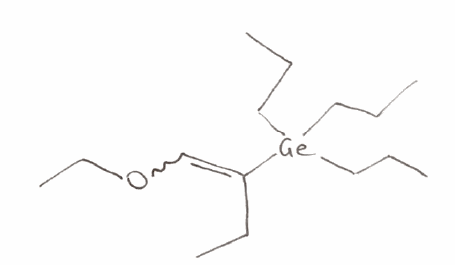
Simplified molecular-input line-entry system (SMILES) notation of the given molecule:
CCC[Ge](CCC)(CCC)C(=COCC)CC